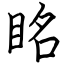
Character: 眳